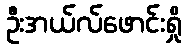
ဦးအယ်လ်ဖောင်းရှို